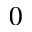
0